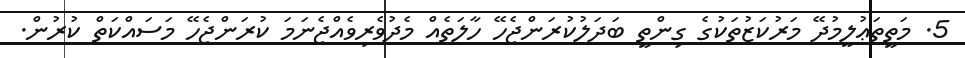
5. މަތީތަޢުލީމުދޭ މަރުކަޒުތަކުގެ ގިންތީ ބަދަލުކުރަންޖެހޭ ހާލަތެއް މެދުވެރިވެއްޖެނަމަ ކުރަންޖެހޭ މަސައްކަތް ކުރުން.